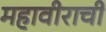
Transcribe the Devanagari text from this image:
महावीराची